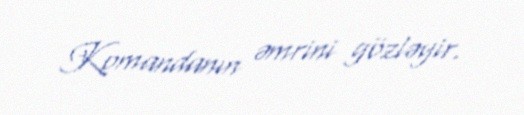
Komandanın əmrini gözləyir.